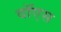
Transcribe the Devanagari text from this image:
वॉएस